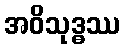
အဝိသုဒ္ဓဿ